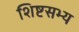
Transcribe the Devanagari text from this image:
शिष्टसभ्य